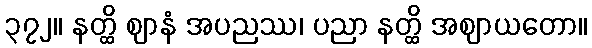
၃၇၂။ နတ္ထိ ဈာနံ အပညဿ၊ ပညာ နတ္ထိ အဈာယတော။